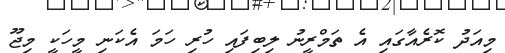
މިއަދު ކޮރެއާގައި އެ ތަމްރީނު ލިބިފައި ހުރި ހަމަ އެކަނި މީހަކީ މިޖޫ